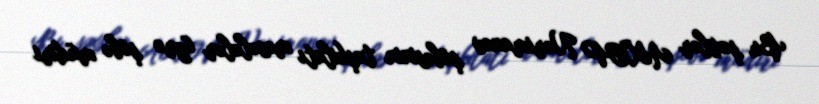
Bu şəxslər AXCP Nərimanov şöbəsinin təşkilatı məsələlər üzrə şöbə müdiri